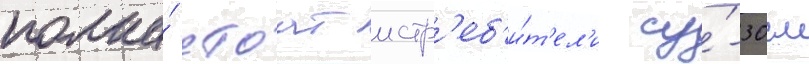
полка́ стоат истр'еб'и́т'ел'и су́-30см